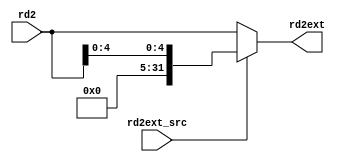
module rd2ext_4to0 (
    input wire [31:0] rd2,
    input wire rd2ext_src,
    output wire [31:0] rd2ext
);

    function [31:0] rd2extender (
        input rd2ext_src,
        input [31:0] rd2
    );
        if(rd2ext_src == 1'b0) begin
            rd2extender = rd2;
        end
        else if(rd2ext_src == 1'b1) begin //sra , sll , srl
            rd2extender = { {27'b0}, rd2[4:0] };
        end
        else begin
            rd2extender = 32'bx;
        end
    endfunction

    assign rd2ext = rd2extender(rd2ext_src, rd2);

endmodule